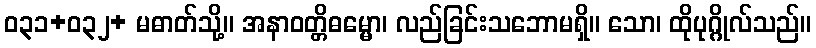
ဝ၃၁+၀၃၂+ မဓာတ်သို့။ အနာဝတ္တိဓမ္မော၊ လည်ခြင်းသဘောမရှိ။ သော၊ ထိုပုဂ္ဂိုလ်သည်။